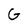
Character: G